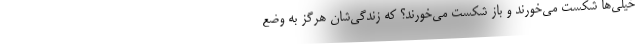
خیلی‌ها شکست می‌خورند و باز شکست می‌خورند؟ که زندگی‌شان هرگز به وضعِ